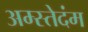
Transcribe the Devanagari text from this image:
अम्स्तेदंम